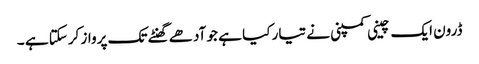
ڈرون ایک چینی کمپنی نے تیار کیا ہے جو آدھے گھنٹے تک پرواز کرسکتا ہے ۔